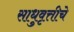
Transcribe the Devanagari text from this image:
साधुवृत्तीचे